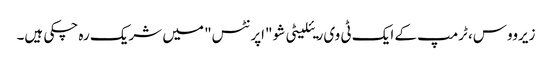
زیرووس، ٹرمپ کے ایک ٹی وی ریئلیٹی شو "اپرنٹس" میں شریک رہ چکی ہیں۔